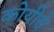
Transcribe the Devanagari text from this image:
कोयीचे